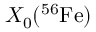
X _ { 0 } ( ^ { 5 6 } \mathrm { F e } )